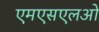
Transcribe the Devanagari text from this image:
एमएसएलओ